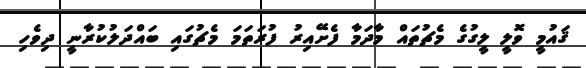
ޤައުމީ ވޮލީ ލީގުގެ މެޗުތައް މާދަމާ ފެށޭއިރު ފުރަތަމަ މެޗުގައި ބައްދަލުކުރާނީ ދިވެހި